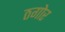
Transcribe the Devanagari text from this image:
ठगोर